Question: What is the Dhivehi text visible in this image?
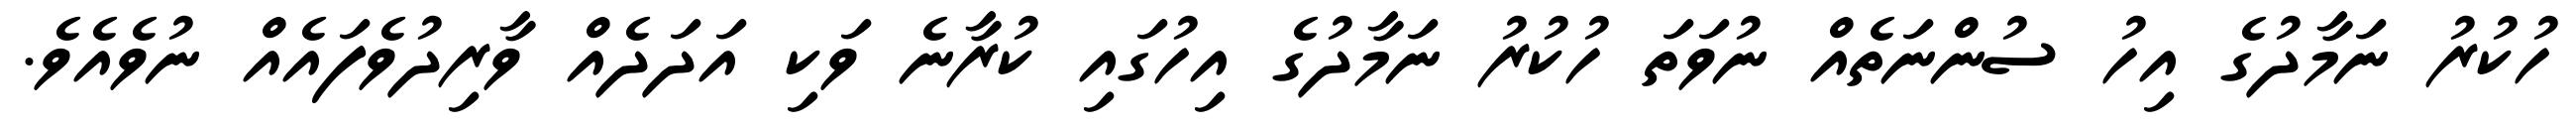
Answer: ހުކުރު ނަމާދުގެ އިހު ސުންނަތެއް ނުވަތަ ހުކުރު ނަމާދުގެ އިހުގައި ކުރާނެ ވަކި އަދަދެއް ވާރިދުވެފައެއް ނުވެއެވެ.